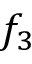
f _ { 3 }